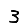
Digit: 3